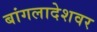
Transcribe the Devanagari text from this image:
बांगलादेशवर